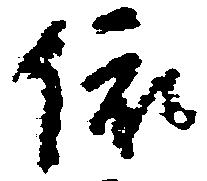
依